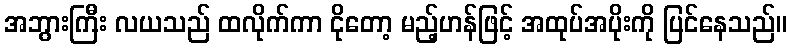
အဘွားကြီး လယသည် ထလိုက်ကာ ငိုတော့ မည့်ဟန်ဖြင့် အထုပ်အပိုးကို ပြင်နေသည်။